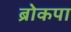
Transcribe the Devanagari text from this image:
ब्रोकपा